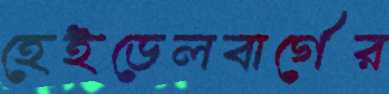
হেইডেলবার্গের